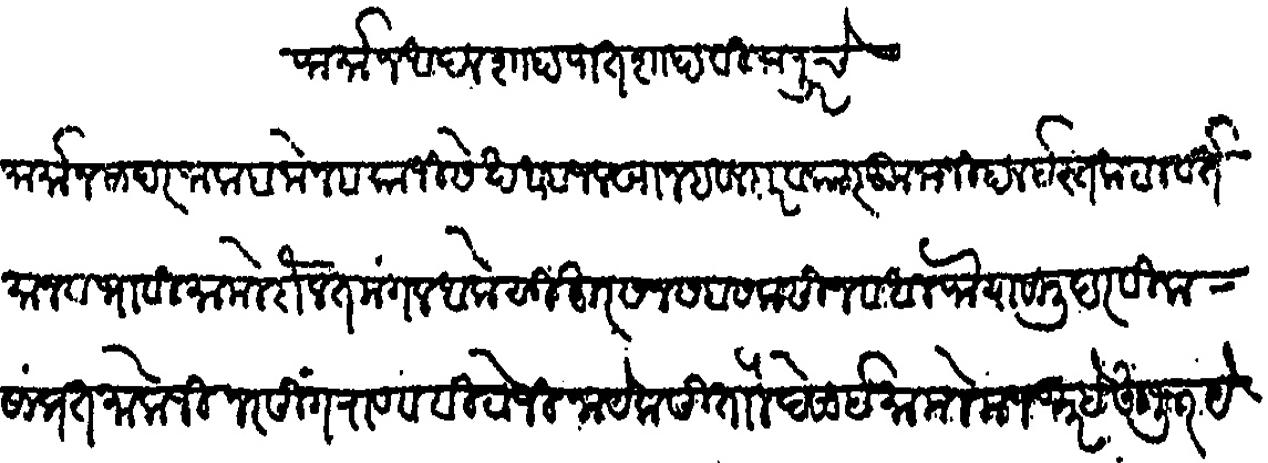
Transliteration (Devanagari): फर्मान आदलशाहा पातशाहा विजापूरचे फर्मान सादर जाला ब मोजब काजी सेख अबजलखान हवालदार व कारकुनानी हाल इस्तकबील वर्तमान व भावी मामले दौलत मंगल आके सुहूर सन सबा सलासीन व अलफ या साली दरिवीला
सांप्रत मालोजी नरसिंगराज व विठोजी नायेक सितोले देसाई मामले मजकूर हे हुजूर येऊन